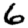
Digit: 6